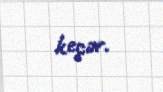
keçər.